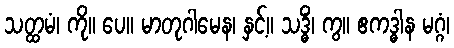
သတ္ထမံ၊ ကို။ ပေ။ မာတုဂါမေန၊ နှင့်။ သဒ္ဓိံ၊ ကွ။ ဧကဒ္ဓါန မဂ္ဂံ၊